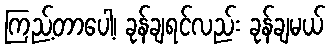
ကြည့်တာပေါ့၊ ခုန်ချရင်လည်း ခုန်ချမယ်